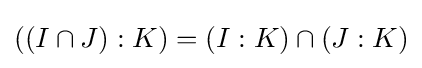
((I\cap J):K)=(I:K)\cap (J:K)